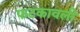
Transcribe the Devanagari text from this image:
फटकावली